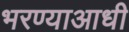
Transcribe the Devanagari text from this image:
भरण्याआधी